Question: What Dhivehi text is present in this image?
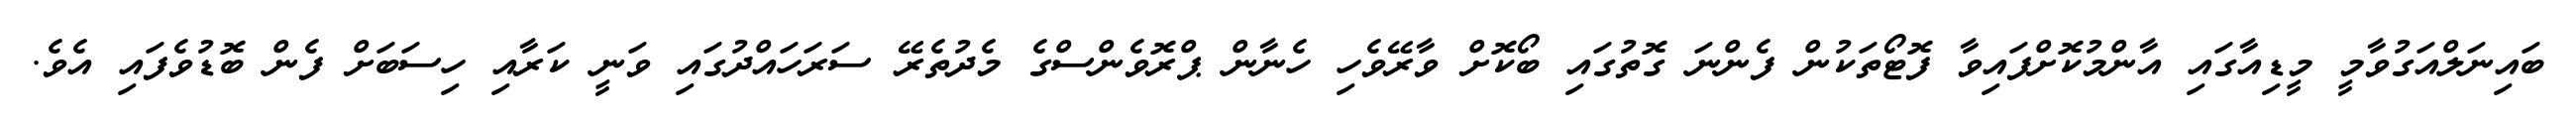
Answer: ބައިނަލްއަގުވާމީ މީޑިއާގައި އާންމުކޮށްފައިވާ ފޮޓޯތަކުން ފެންނަ ގޮތުގައި ބޯކޮށް ވާރޭވެހި ހެނާން ޕްރޮވެންސްގެ މެދުތެރޭ ސަރަހައްދުގައި ވަނީ ކަރާއި ހިސަބަށް ފެން ބޮޑުވެފައި އެވެ.